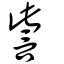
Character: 訾